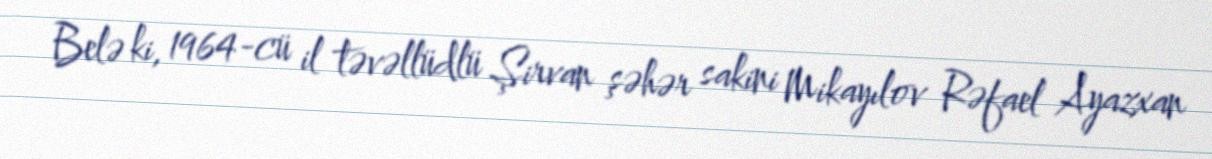
Belə ki, 1964-cü il təvəllüdlü Şirvan şəhər sakini Mikayılov Rəfael Ayazxan